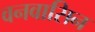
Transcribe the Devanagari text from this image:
वनवासिन